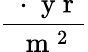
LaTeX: \frac{\ \cdot\mathrm{~y~r~}}{\mathrm{~m~}^{2}}